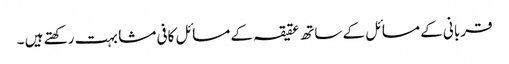
قربانی کے مسائل کے ساتھ عقیقہ کے مسائل کافی مشابہت رکھتے ہیں ۔